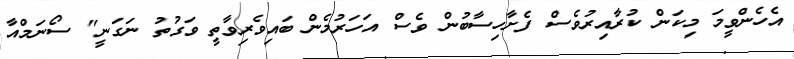
އެހެންވީމަ މިކަން ކުރާއިރުވެސް ފެށާހިސާބުން ވެސް އަހަރުމެން ބައިވެރިވާތީ ވަގުތު ނަގަނީ" ސޯނަމްއާ